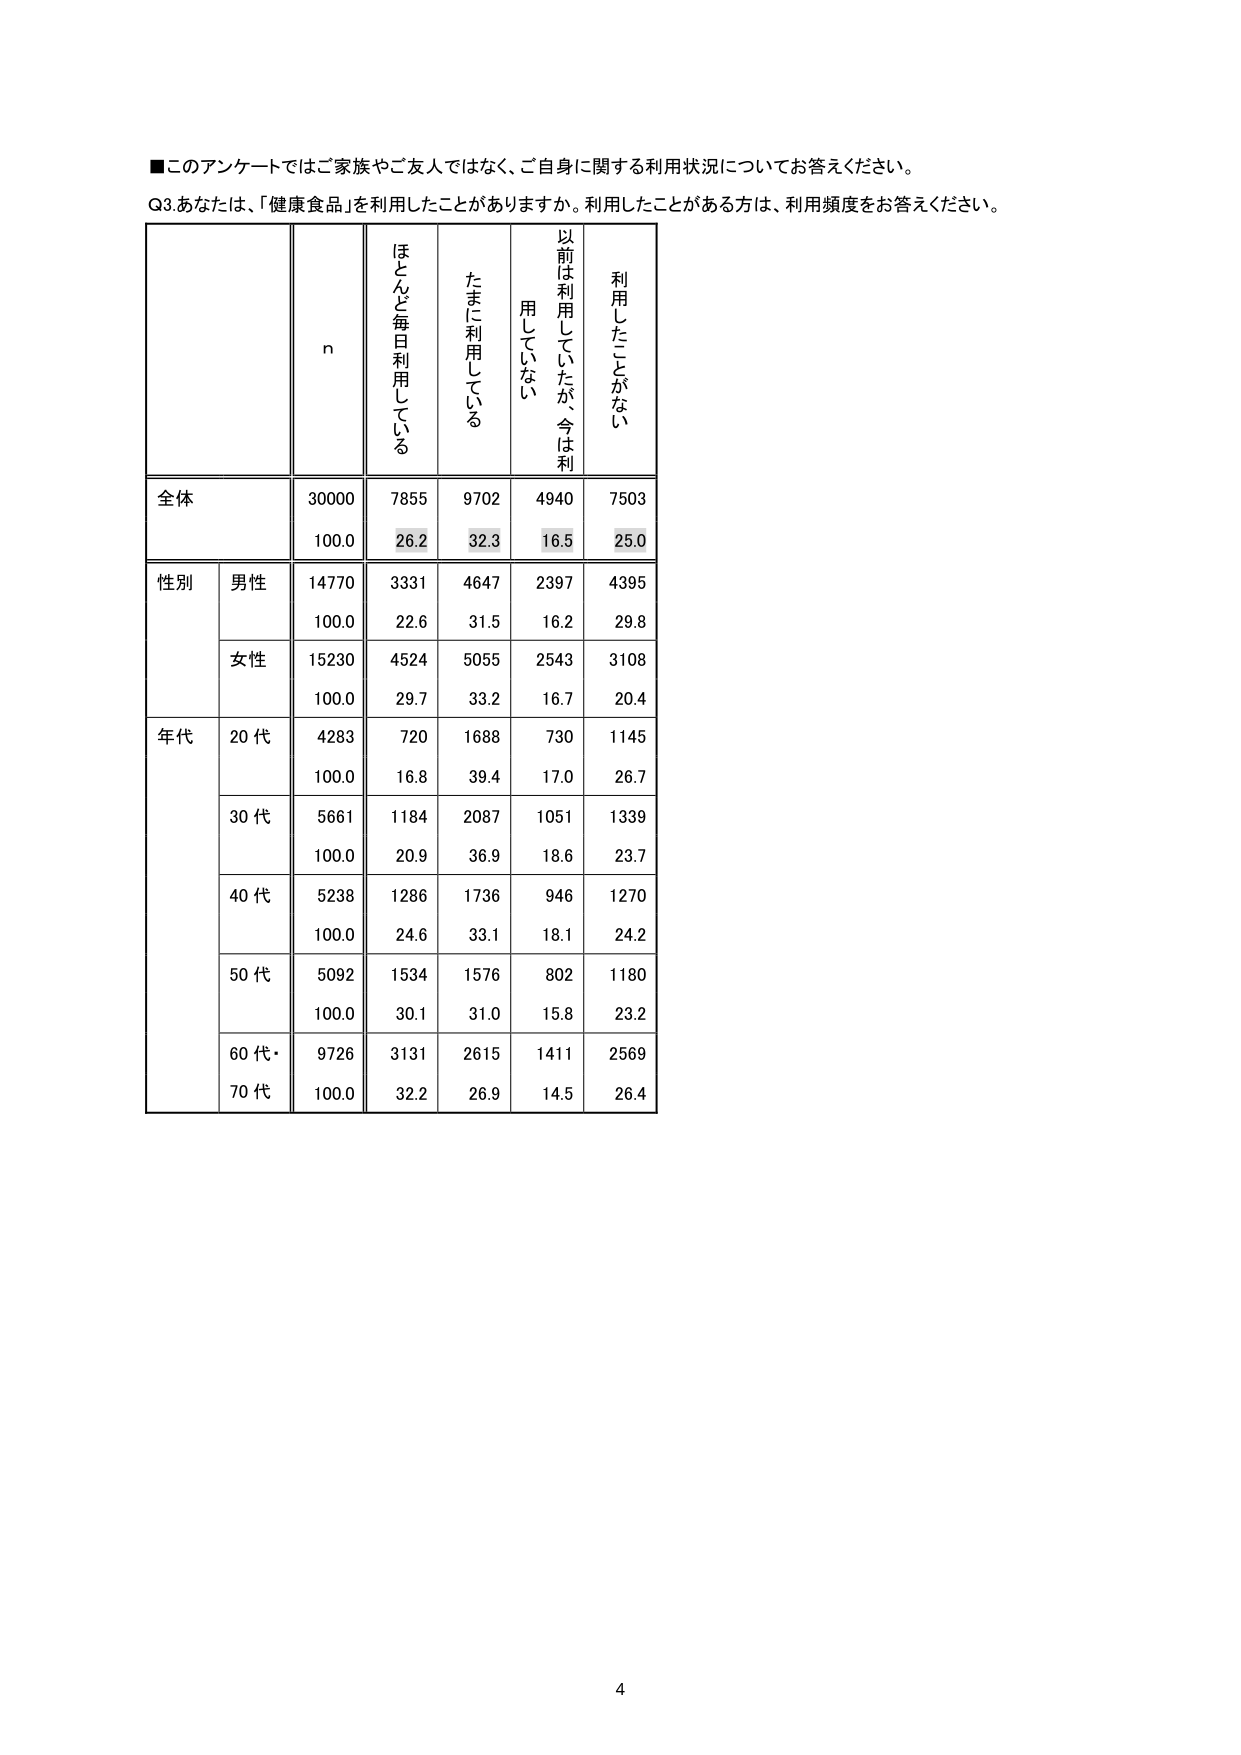
■このアンケートではご家族やご友人ではなく、ご自身に関する利用状況についてお答えください。

Q3.あなたは、「健康食品」を利用したことがありますか。利用したことがある方は、利用頻度をお答えください。

n ほとんど毎日利用している たまに利用している 以前は利用していたが、今は利用していない 利用したことがない

全体 30000 7855 9702 4940 7503
100.0 26.2 32.3 16.5 25.0

性別 男性 14770 3331 4647 2397 4395
100.0 22.6 31.5 16.2 29.8

女性 15230 4524 5055 2543 3108
100.0 29.7 33.2 16.7 20.4

年代 20代 4283 720 1688 730 1145
100.0 16.8 39.4 17.0 26.7

30代 5661 1184 2087 1051 1339
100.0 20.9 36.9 18.6 23.7

40代 5238 1286 1736 946 1270
100.0 24.6 33.1 18.1 24.2

50代 5092 1534 1576 802 1180
100.0 30.1 31.0 15.8 23.2

60代・70代 9726 3131 2615 1411 2569
100.0 32.2 26.9 14.5 26.4

4